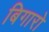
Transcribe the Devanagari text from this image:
बिगारो